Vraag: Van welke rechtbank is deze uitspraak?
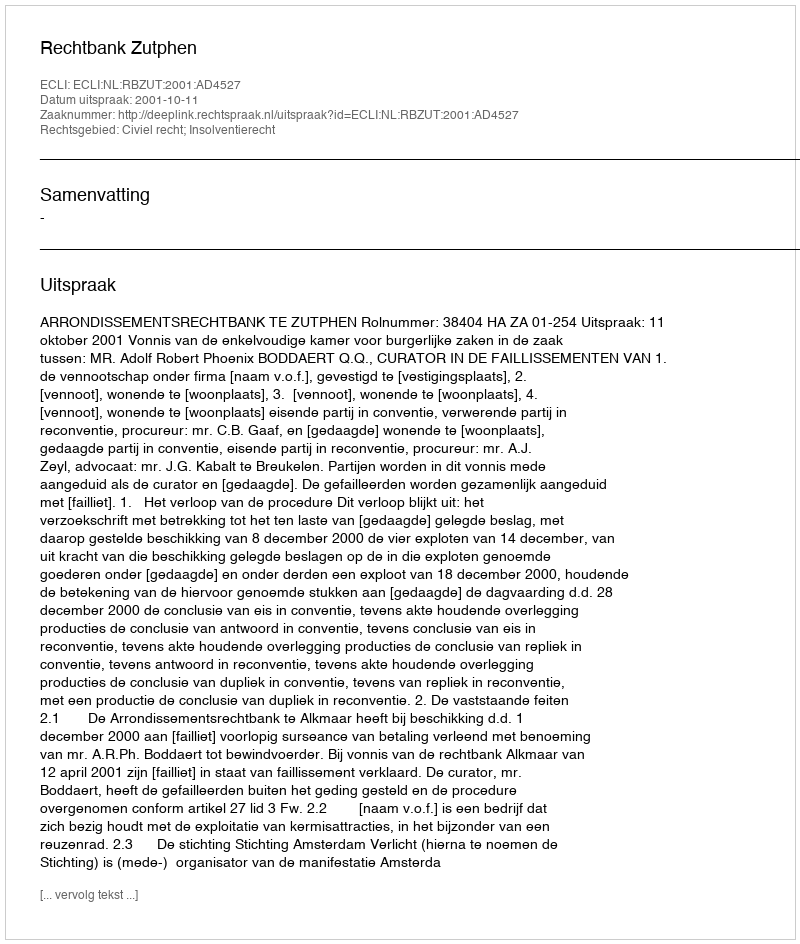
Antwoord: Rechtbank Zutphen